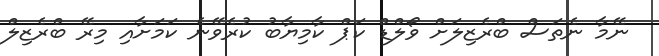
ނޭމާ ނެތަސް ބްރެޒިލަށް ވޯލްޑް ކަޕް ކާމިޔާބު ކުރެވޭނެ ކަމަށާއި މިރޭ ބްރެޒިލް